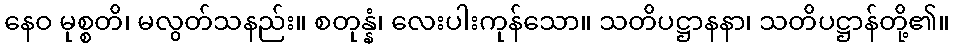
နေဝ မုစ္စတိ၊ မလွတ်သနည်း။ စတုန္နံ၊ လေးပါးကုန်သော။ သတိပဋ္ဌာနနာ၊ သတိပဋ္ဌာန်တို့၏။